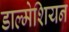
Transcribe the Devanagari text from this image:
डाल्मेशियन